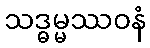
သဒ္ဓမ္မဿဝနံ